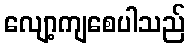
လျော့ကျစေပါသည်